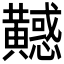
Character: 𪏤